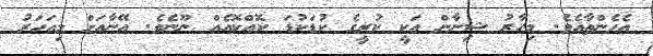
އެހެންތާއެވެ. މިހާރު ޝިނާން އަކީ ކުރީގެ ކުޑަކުޑަ ކޮއްކޮއެއް ނޫނެވެ. އޭނާއަށް މިއަހަރު